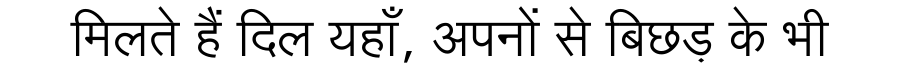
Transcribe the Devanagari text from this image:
मिलते हैं दिल यहाँ, अपनों से बिछड़ के भी